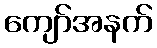
ကျော်အနက်